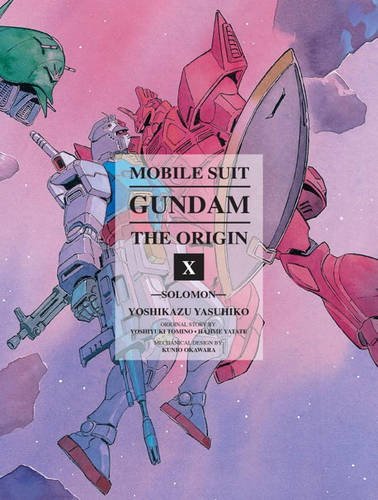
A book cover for Mobile Suit Gundam: The ORIGIN, Volume 10: Solomon; Yoshikazu Yasuhiko; Comics & Graphic Novels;